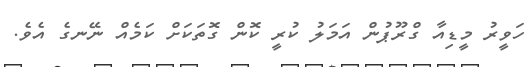
ހަވީރު މީޑިއާ ގްރޫޕުން އަމަލު ކުރީ ކޮން ގޮތަކަށް ކަމެއް ނޭނގެ އެވެ.